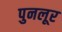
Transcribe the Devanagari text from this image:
पुनलूर